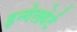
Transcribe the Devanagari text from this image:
इन्गेलबेर्ट